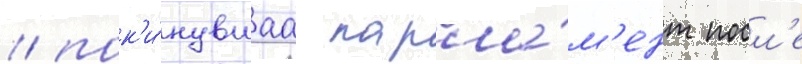
/ пок'и́нувшаа парла́м'ент посл'е